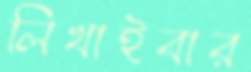
লিখাইবার